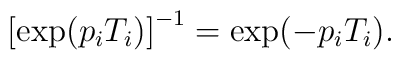
\left[\exp(p_i T_i)\right]^{-1} = \exp(- p_i T_i).